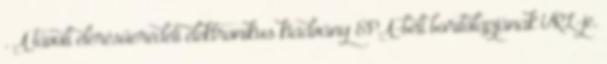
. A távoli elérésűeredeti elektronikus kiadvány EPA-beli borítólapjának URL-je.